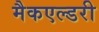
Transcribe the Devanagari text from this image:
मैकएल्डरी